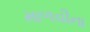
માળવીના